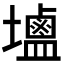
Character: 𮭭